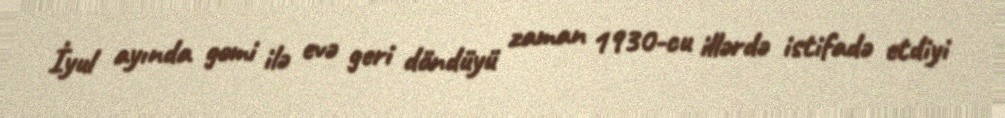
İyul ayında gəmi ilə evə geri döndüyü zaman 1930-cu illərdə istifadə etdiyi